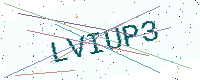
Text: LVIUP3